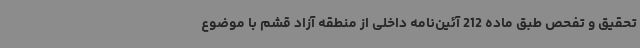
تحقیق و تفحص طبق ماده 212 آئین‌نامه داخلی از منطقه آزاد قشم با موضوع